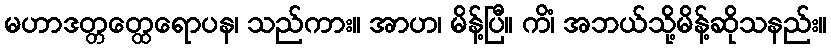
မဟာဒတ္တတ္ထေရောပန၊ သည်ကား။ အာဟ၊ မိန့်ပြီ။ ကိံ၊ အဘယ်သို့မိန့်ဆိုသနည်း။